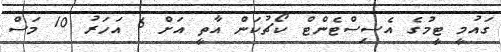
ގައުމީ ޓީމުގެ އެސިސްޓެންޓް ކޯޗުކަން އާތީ އަށް 6 އަހަރު 10 މަސް